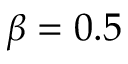
\beta = 0 . 5